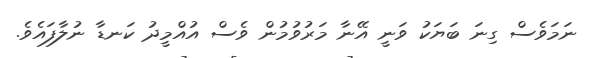
ނަމަވެސް ގިނަ ބަޔަކު ވަނީ އޭނާ މަރުވުމުން ވެސް އުއްމީދު ކަނޑާ ނުލާފައެވެ.